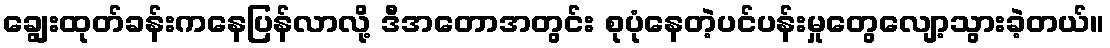
ချွေးထုတ်ခန်းကနေပြန်လာလို့ ဒီအတောအတွင်း စုပုံနေတဲ့ပင်ပန်းမှုတွေလျော့သွားခဲ့တယ်။